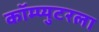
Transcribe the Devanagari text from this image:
कॉम्प्युटरला